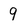
Character: 9